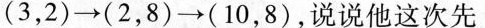
(3，2) \to (2，8) \to (10，8)，说说他这次先